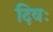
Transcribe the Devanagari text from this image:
दिवः